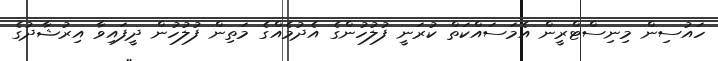
ހައުސިން މިނިސްޓްރީން އެމަސައްކަތް ކުރަނީ ފުލުހުންގެ އެދުމެއްގެ މަތިން ފުލުހުން ދީފައިވާ އިރުޝާދުގެ